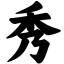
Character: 秀